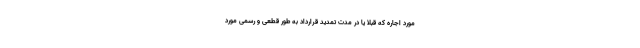
مورد اجاره که قبلاً یا در مدت تمدید قرارداد به طور قطعی و رسمی مورد